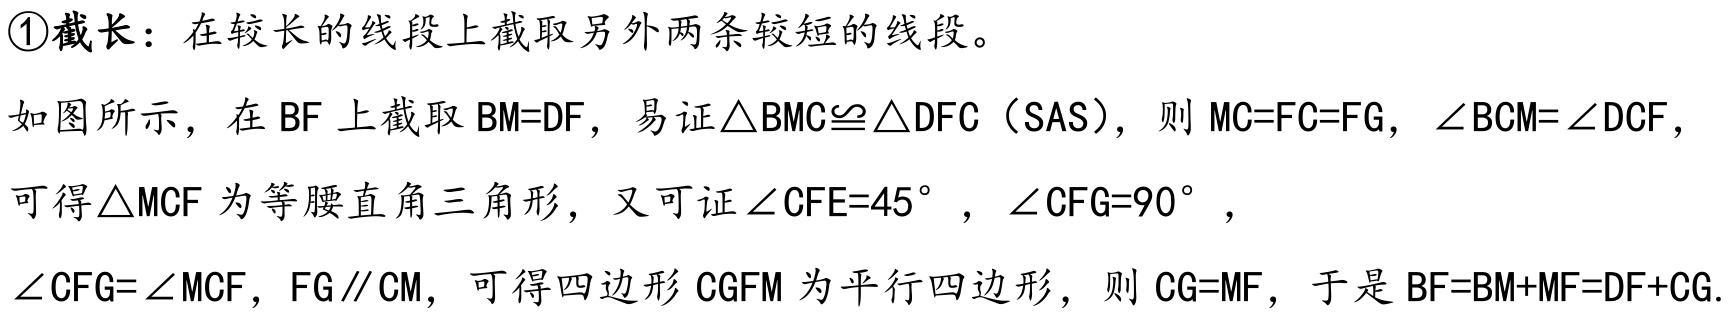
\textcircled{1}截长：在较长的线段上截取另外两条较短的线段。
如图所示，在 \(BF\) 上截取 \(BM = DF\)，易证 \(\triangle BMC\cong\triangle DFC\)（SAS），则 \(MC = FC = FG\)，\(\angle BCM=\angle DCF\)，
可得 \(\triangle MCF\) 为等腰直角三角形，又可证 \(\angle CFE = 45^{\circ}\)，\(\angle CFG = 90^{\circ}\)，
\(\angle CFG=\angle MCF\)，\(FG\parallel CM\)，可得四边形 \(CGFM\) 为平行四边形，则 \(CG = MF\)，于是 \(BF=BM + MF=DF + CG\).